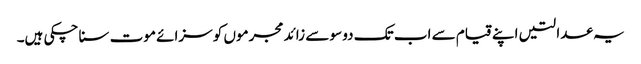
یہ عدالتیں اپنے قیام سے اب تک دو سو سے زائد مجرموں کو سزائے موت سنا چکی ہیں۔